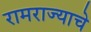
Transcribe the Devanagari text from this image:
रामराज्याचे